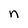
Character: n